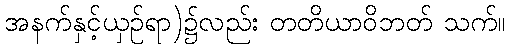
အနက်နှင့်ယှဉ်ရာ)၌လည်း တတိယာဝိဘတ် သက်။